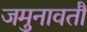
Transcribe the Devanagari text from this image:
जमुनावतौ